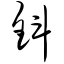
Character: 钭